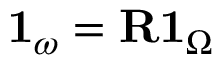
\mathbf { 1 } _ { \omega } = \mathbf { R } \mathbf { 1 } _ { \Omega }